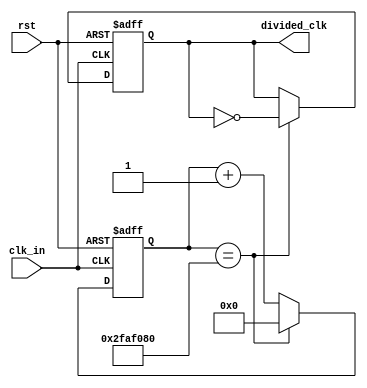
`timescale 1ns / 1ps
//////////////////////////////////////////////////////////////////////////////////

// Module Name:    clk_divider 

// Dependencies: Generates a clock with period X ms, from 40 MHz input clock, T=2.5E-5 ms
//						A counter counts till toggle_value = 'b111111111111111111111

// You have to decide what should be the value of toggle_value to be able make the slow down
// the clock to 1 Hz. X ms will be depend on your toggle_value choice.
//////////////////////////////////////////////////////////////////////////////////
module clk_divider(
	input clk_in,
	input rst,
	output reg divided_clk
    );
	 
	 
parameter toggle_value = 26'b10111110101111000010000000;

	 
reg[25:0] cnt;

always@(posedge clk_in or posedge rst)
begin
	if (rst==1) begin
		cnt <= 0;
		divided_clk <= 0;
	end
	else begin
		if (cnt==toggle_value) begin
			cnt <= 0;
			divided_clk <= ~divided_clk;
		end
		else begin
			cnt <= cnt +1;
			divided_clk <= divided_clk;		
		end
	end

end
			  
	


endmodule